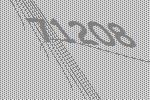
71208